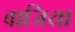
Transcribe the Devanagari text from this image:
वाजिया